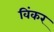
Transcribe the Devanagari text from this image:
विंकर